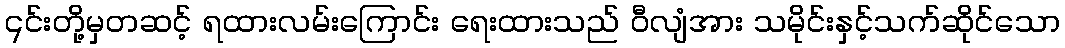
၎င်းတို့မှတဆင့် ရထားလမ်းကြောင်း ရေးထားသည် ဝီလျံအား သမိုင်းနှင့်သက်ဆိုင်သော